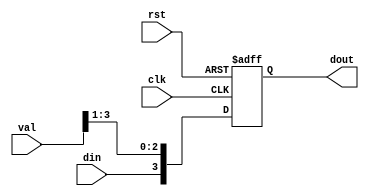
module shiftreg(
  input clk,
  input rst,
  input din,
  input [3:0]val,
  output reg [3:0] dout 
);

  reg [3:0] shifted_dout; 

  always @(posedge clk or posedge rst) begin
    if (rst) begin
      shifted_dout <= 4'b0000;
    end
    
    else begin
      shifted_dout <= {din,val[3:1]};
    end
  end 

  always @* begin
    $monitor("shifted value=%b",shifted_dout );
    dout <= shifted_dout; 
  end

endmodule